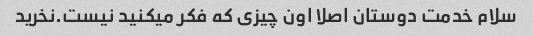
سلام خدمت دوستان اصلا اون چیزی که فکر میکنید نیست.نخرید